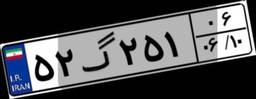
۵۲گ۲۵۱۰۶